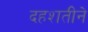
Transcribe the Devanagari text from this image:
दहशतीने